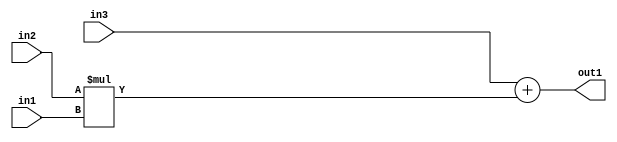
`timescale 1ps / 1ps
/*****************************************************************************
    Verilog RTL Description
    
    
    Created by: Stratus DpOpt 2019.1.01 
*******************************************************************************/

module DC_Filter_Add2Mul2u4u8u12_1 (
	in3,
	in2,
	in1,
	out1
	); /* architecture "behavioural" */ 
input [11:0] in3;
input [7:0] in2;
input [3:0] in1;
output [11:0] out1;
wire [11:0] asc001;

wire [11:0] asc001_tmp_0;
assign asc001_tmp_0 = 
	+(in3);
assign asc001 = asc001_tmp_0
	+(in2 * in1);

assign out1 = asc001;
endmodule

/* CADENCE  uLLzTgs= : u9/ySgnWtBlWxVPRXgAZ4Og= ** DO NOT EDIT THIS LINE ******/